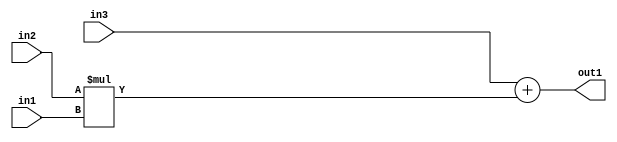
`timescale 1ps / 1ps
/*****************************************************************************
    Verilog RTL Description
    
    
    Created by: Stratus DpOpt 2019.1.01 
*******************************************************************************/

module DC_Filter_Add2Mul2u4u8u12_1 (
	in3,
	in2,
	in1,
	out1
	); /* architecture "behavioural" */ 
input [11:0] in3;
input [7:0] in2;
input [3:0] in1;
output [11:0] out1;
wire [11:0] asc001;

wire [11:0] asc001_tmp_0;
assign asc001_tmp_0 = 
	+(in3);
assign asc001 = asc001_tmp_0
	+(in2 * in1);

assign out1 = asc001;
endmodule

/* CADENCE  uLLzTgs= : u9/ySgnWtBlWxVPRXgAZ4Og= ** DO NOT EDIT THIS LINE ******/